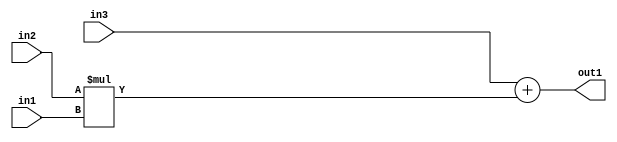
`timescale 1ps / 1ps
/*****************************************************************************
    Verilog RTL Description
    
    
    Created by: Stratus DpOpt 2019.1.01 
*******************************************************************************/

module DC_Filter_Add2Mul2u4u8u12_1 (
	in3,
	in2,
	in1,
	out1
	); /* architecture "behavioural" */ 
input [11:0] in3;
input [7:0] in2;
input [3:0] in1;
output [11:0] out1;
wire [11:0] asc001;

wire [11:0] asc001_tmp_0;
assign asc001_tmp_0 = 
	+(in3);
assign asc001 = asc001_tmp_0
	+(in2 * in1);

assign out1 = asc001;
endmodule

/* CADENCE  uLLzTgs= : u9/ySgnWtBlWxVPRXgAZ4Og= ** DO NOT EDIT THIS LINE ******/